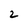
Character: 2